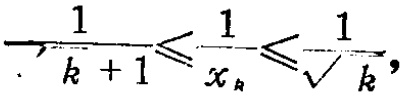
$\frac{1}{k + 1}\leqslant\frac{1}{x_{k}}\leqslant\frac{1}{\sqrt{k}},$